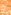
و